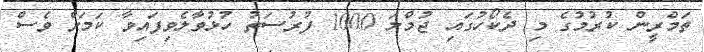
ތަމްރީން ކުރުމުގެ މި ދެކޯހުގައި ޖުމްލަ 1000 ފުރުސަތު ހުޅުވާލެވިފައިވާ ކަަމަށް ވެސް